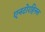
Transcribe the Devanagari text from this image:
एनटोरहिनल